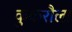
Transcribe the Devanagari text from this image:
कुकरौला